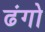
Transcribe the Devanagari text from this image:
ढंगो